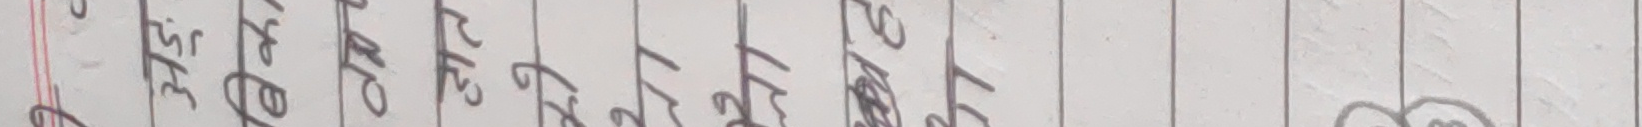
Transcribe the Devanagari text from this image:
३५ ४० ४२ ४६ ४७ ४८ ४९ ५०